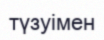
түзуімен